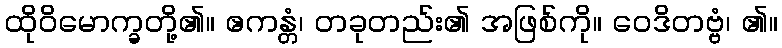
ထိုဝိမောက္ခတို့၏။ ဧကန္တံ၊ တခုတည်း၏ အဖြစ်ကို။ ဝေဒိတဗ္ဗံ၊ ၏။